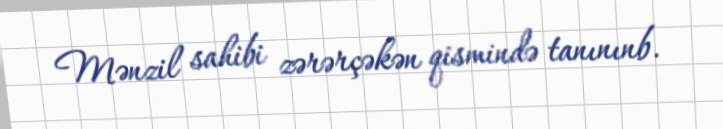
Mənzil sahibi zərərçəkən qismində tanınınb.